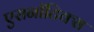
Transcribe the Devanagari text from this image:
एरानाॅटिक्स